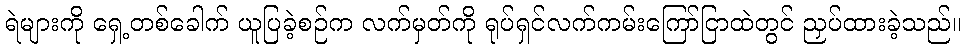
ရဲများကို ရှေ့တစ်ခေါက် ယူပြခဲ့စဉ်က လက်မှတ်ကို ရုပ်ရှင်လက်ကမ်းကြော်ငြာထဲတွင် ညှပ်ထားခဲ့သည်။